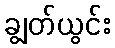
ချွတ်ယွင်း